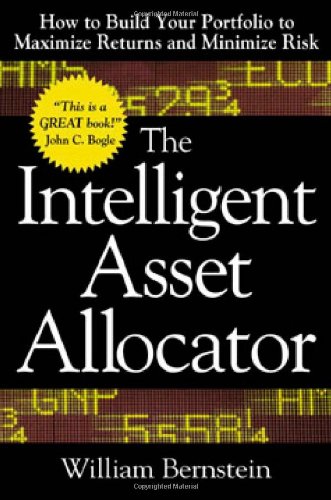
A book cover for The Intelligent Asset Allocator: How to Build Your Portfolio to Maximize Returns and Minimize Risk; William J. Bernstein; Business & Money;